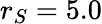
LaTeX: r_{S}=5.0